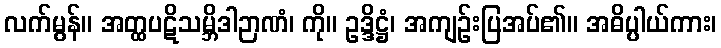
လက်မွန်။ အတ္ထပဋိသမ္ဘိဒါဉာဏံ၊ ကို။ ဥဒ္ဒိဋ္ဌံ၊ အကျဉ်းပြအပ်၏။ အဓိပ္ပါယ်ကား၊